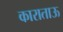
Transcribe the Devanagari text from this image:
काराताऊ